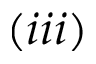
( i i i )